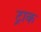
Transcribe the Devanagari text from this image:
ट्राक